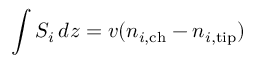
\int S _ { i } \, d z = v ( n _ { i , \mathrm { c h } } - n _ { i , \mathrm { t i p } } )